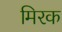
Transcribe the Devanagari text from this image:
मिरक